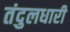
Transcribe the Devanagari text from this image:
तंदुलधारी